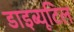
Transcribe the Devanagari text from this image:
डाइब्यूटिल